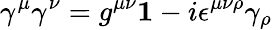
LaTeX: \gamma^{\mu}\gamma^{\nu}=g^{\mu\nu}{\mathbf 1}-i\epsilon^{\mu\nu\rho}\gamma_{\rho}